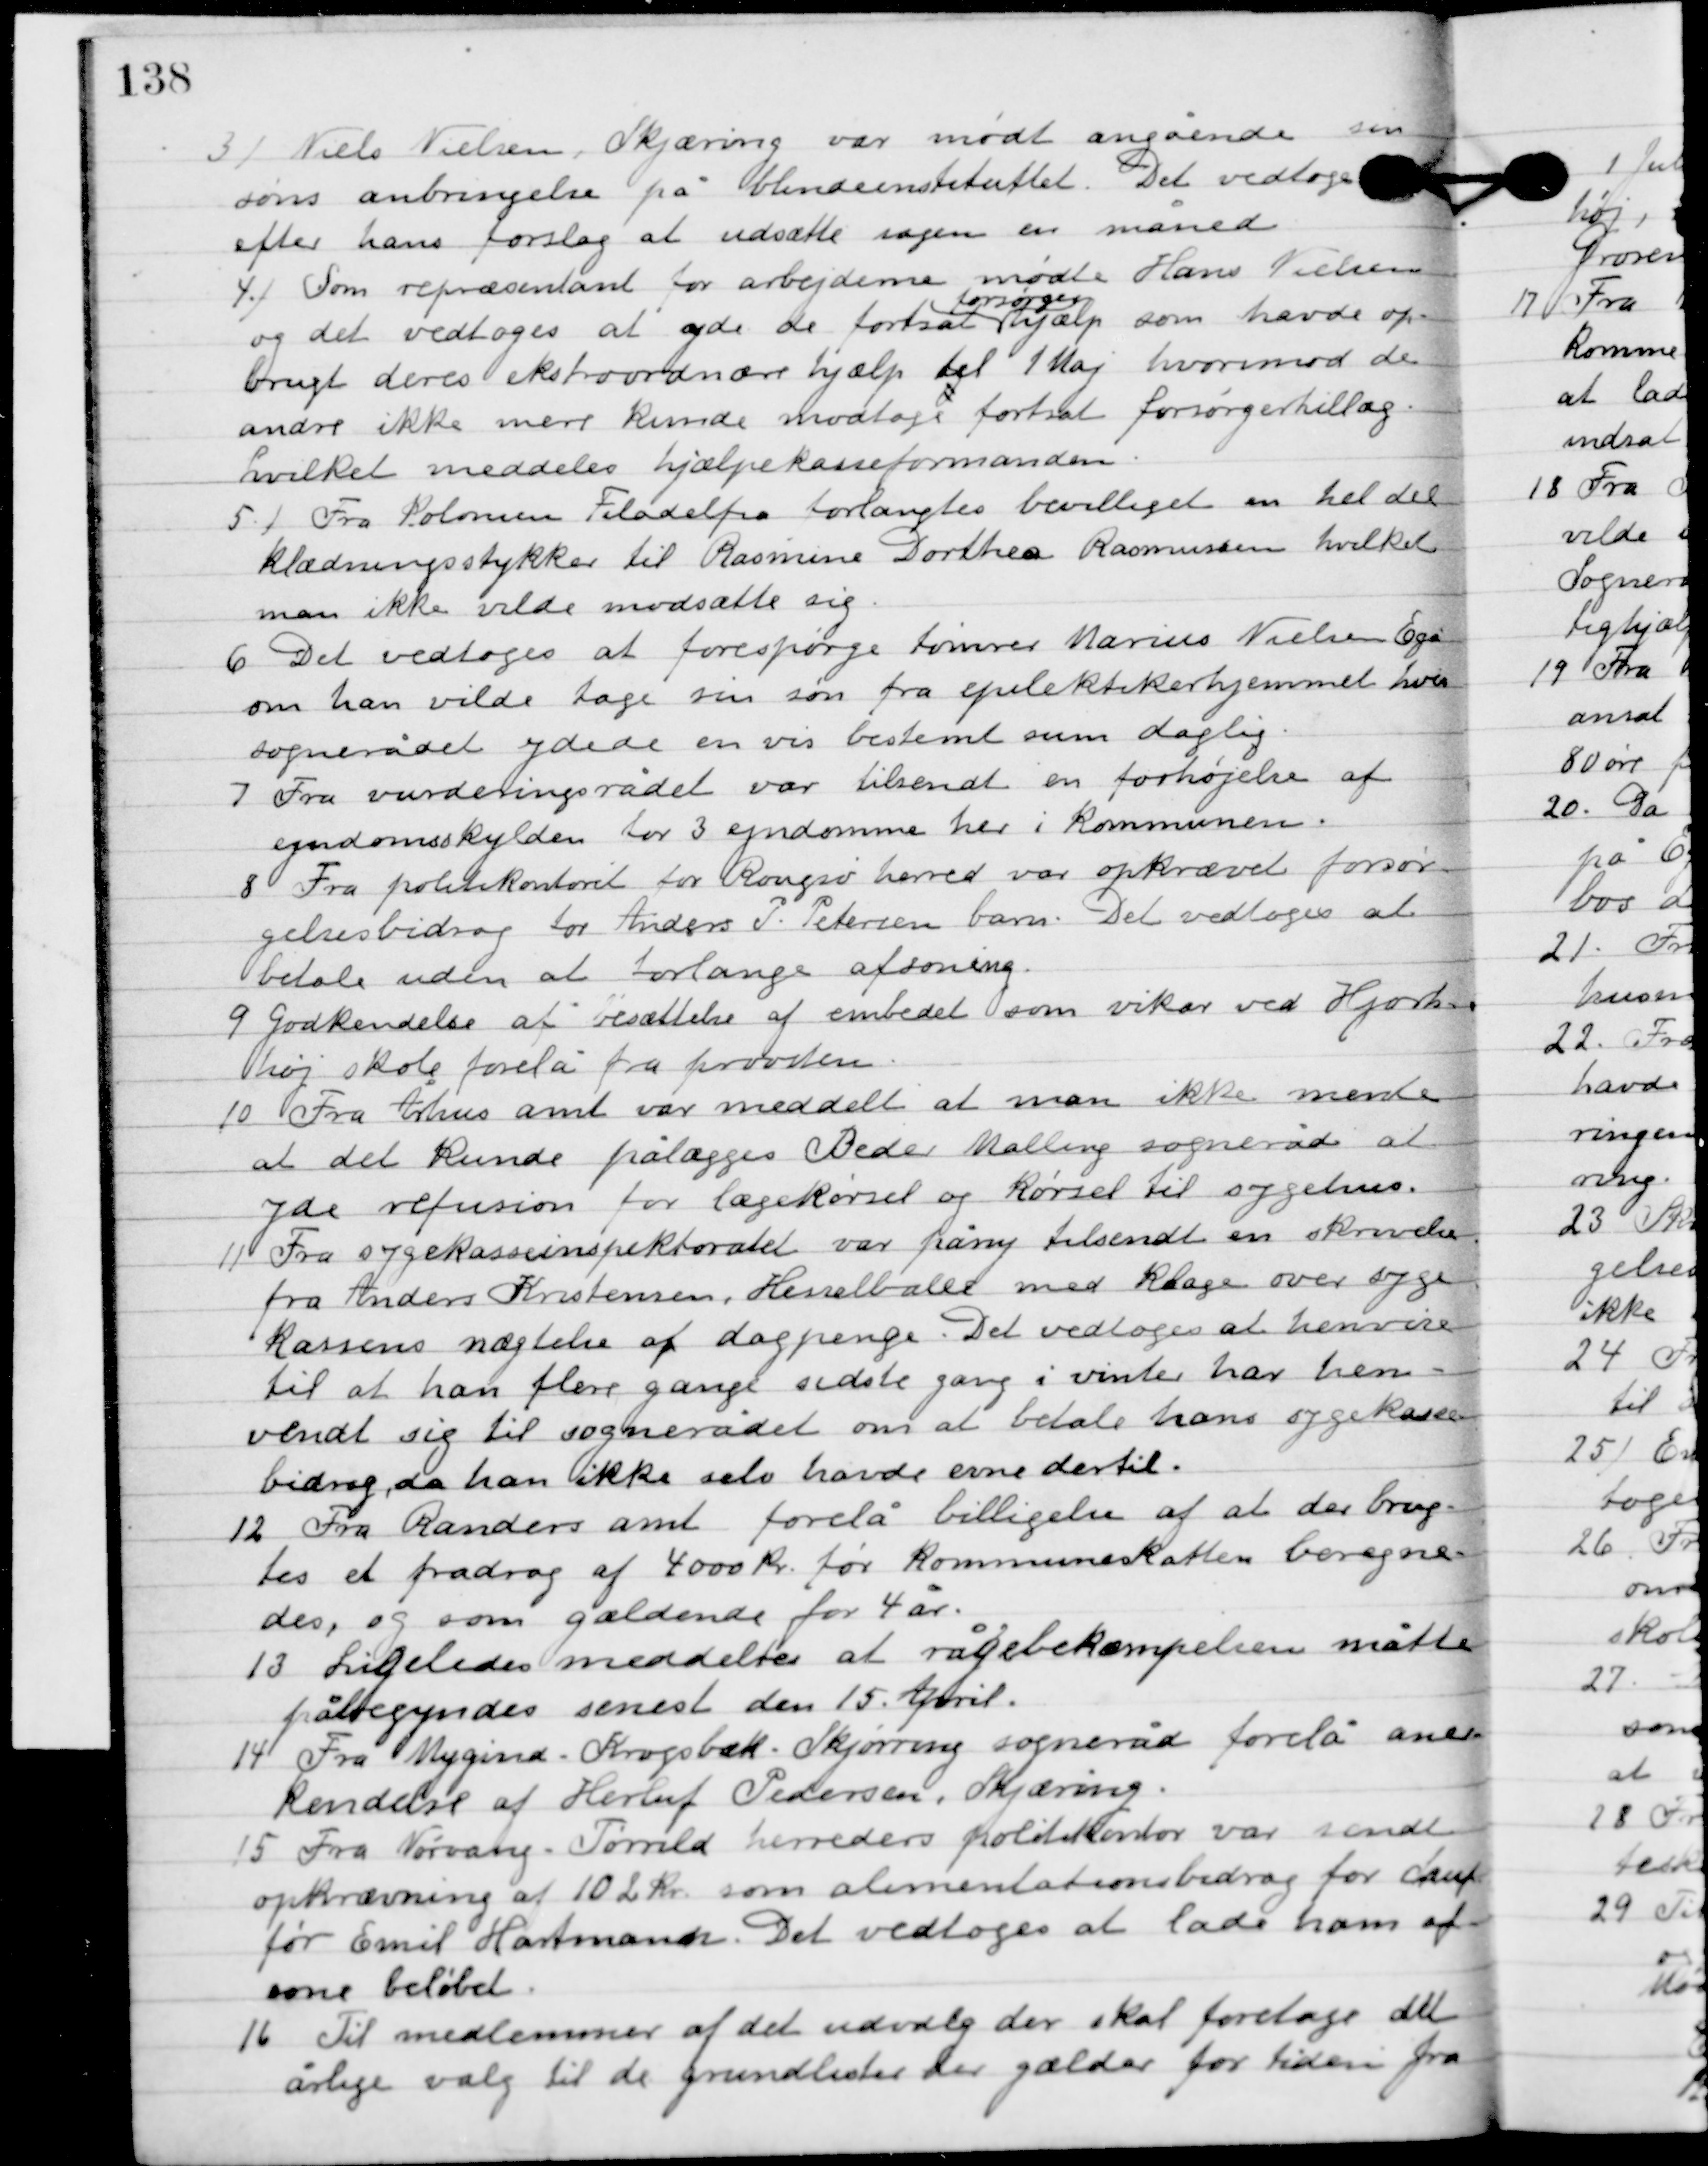
Transskription:
3

Niels Nielsen, Skjæring var mødt angående sin
søns anbringelse på blindeinstituttet. Det vedtoges
efter hans forslag at udsætte sagen en måned.

4

Som repræsentant for arbejderne mødte Hans Nielsen
og det vedtoges at yde de fortsat
forsørger-
hjælp som havde op-
brugt deres ekstraordinære hjælp til 1. Maj hvorimod de
andre ikke mere kunde modtage fortsat forsørgelsestillæg,
hvilket meddeles hjælpekasseformanden.

5

Fra kolonien Filadelfia forlangtes bevilliget en hel del
klædningsstykker til Rasmine Dorthea Rasmussen hvilket
man ikke vilde modsætte sig.

6

Det vedtoges at forespørge tømrer Marius Niels Egå
om han vilde tage sin søn fra epileptikerhjemmet hvis
sognerådet ydede en vis bestemt sum daglig.

7

Fra vurderingsrådet var tilsendt en forhøjelse af
ejendomsskylden for 3 ejendomme her i kommunen.

8

Fra politikontoret for Rougsø herred var opkrævet forsør-
gelsesbidrag for Anders P. Petersens barn. Det vedtoges at
betale uden at forlange afsoning.

9

Godkendelse af besættelse af embedet som vikar ved Hjorts-
høj skole forelå fra provsten.

10

Fra Århus amt var meddelt at man ikke mente
at det kunde pålægges Beder Malling sogneråd at
yde refusion for lægekørsel og kørsel til sygehus.

11

Fra sygekasseinspektoratet var på ny tilsendt en skrivelse
fra Anders Kristensen, Hesselballe med klage over syge
 kassens nægtelse af dagpenge. Det vedtoges at henvise
 til at han flere gange sidste gang i vinter har hen-
vendt sig til sognerådet om at betale hans sygekasse-
bidrag da han ikke selv havde evne dertil.

12

Fra Randers amt forelå billigelse af at der brug-
tes et fradrag af 4000 kr. før kommuneskatten beregne-
des, og som gældende for 4 år.

13

Ligeledes meddeltes at rågebekæmpelsen måtte
påbegyndes senest den 15. April.

14

Fra Mygind Krogsbæk Skjørring sogneråd forelå aner-
kendelse af Herlufs Pedersen, Skjæring.

15

Fra Nørvang-Torrild herreders politikontor var sendt
opkrævning af 102 kr. som alimentationsbidrag for chauf-
før Emil Hartmann. Det vedtoges at lade han af-
sone beløbet.

16

Til medlemmer af det udvalg der skal foretage det
årlige valg til de grundlister der gælder for tiden fra